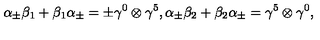
{ \alpha } _ { \pm } { \beta } _ { 1 } + { \beta } _ { 1 } { \alpha } _ { \pm } = \pm { \gamma } ^ { 0 } \otimes { \gamma } ^ { 5 } , { \alpha } _ { \pm } { \beta } _ { 2 } + { \beta } _ { 2 } { \alpha } _ { \pm } = { \gamma } ^ { 5 } \otimes { \gamma } ^ { 0 } ,